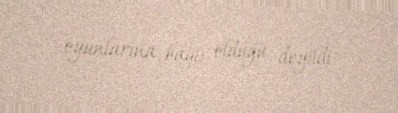
oyunlarına bağlı olduğu deyildi.